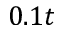
0 . 1 t